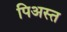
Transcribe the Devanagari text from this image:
पिअस्त